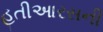
હતીઆરસની